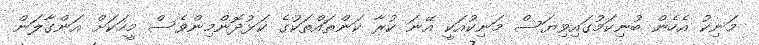
މަނިކު އެހެން ބުނިކަމުގައިވިޔަސް މަނިކުއަކީ އޭނަ ކުރާ ކަންތައްތަކުގެ ކަޅުދޮންމިންވެސް މީހަކަށް އަންގާލަން